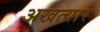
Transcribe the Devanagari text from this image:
अखत्यार